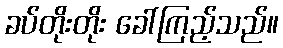
ခပ်တိုးတိုး ခေါ်ကြည့်သည်။